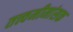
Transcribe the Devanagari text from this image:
तत्त्वमीमांसक